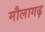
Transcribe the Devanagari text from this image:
मौलागढ़